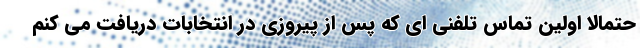
حتمالا اولین تماس تلفنی ای که پس از پیروزی در انتخابات دریافت می کنم